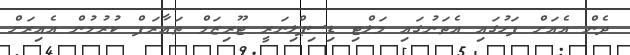
ދެން އެއަށް ފަހުގައި އެތަނުގައި މަލްޓި ޑިސިޕްލިނަރީ ޓޫރިޒަމް ތައާރަފް ކުރުމުން އެއިރަށް